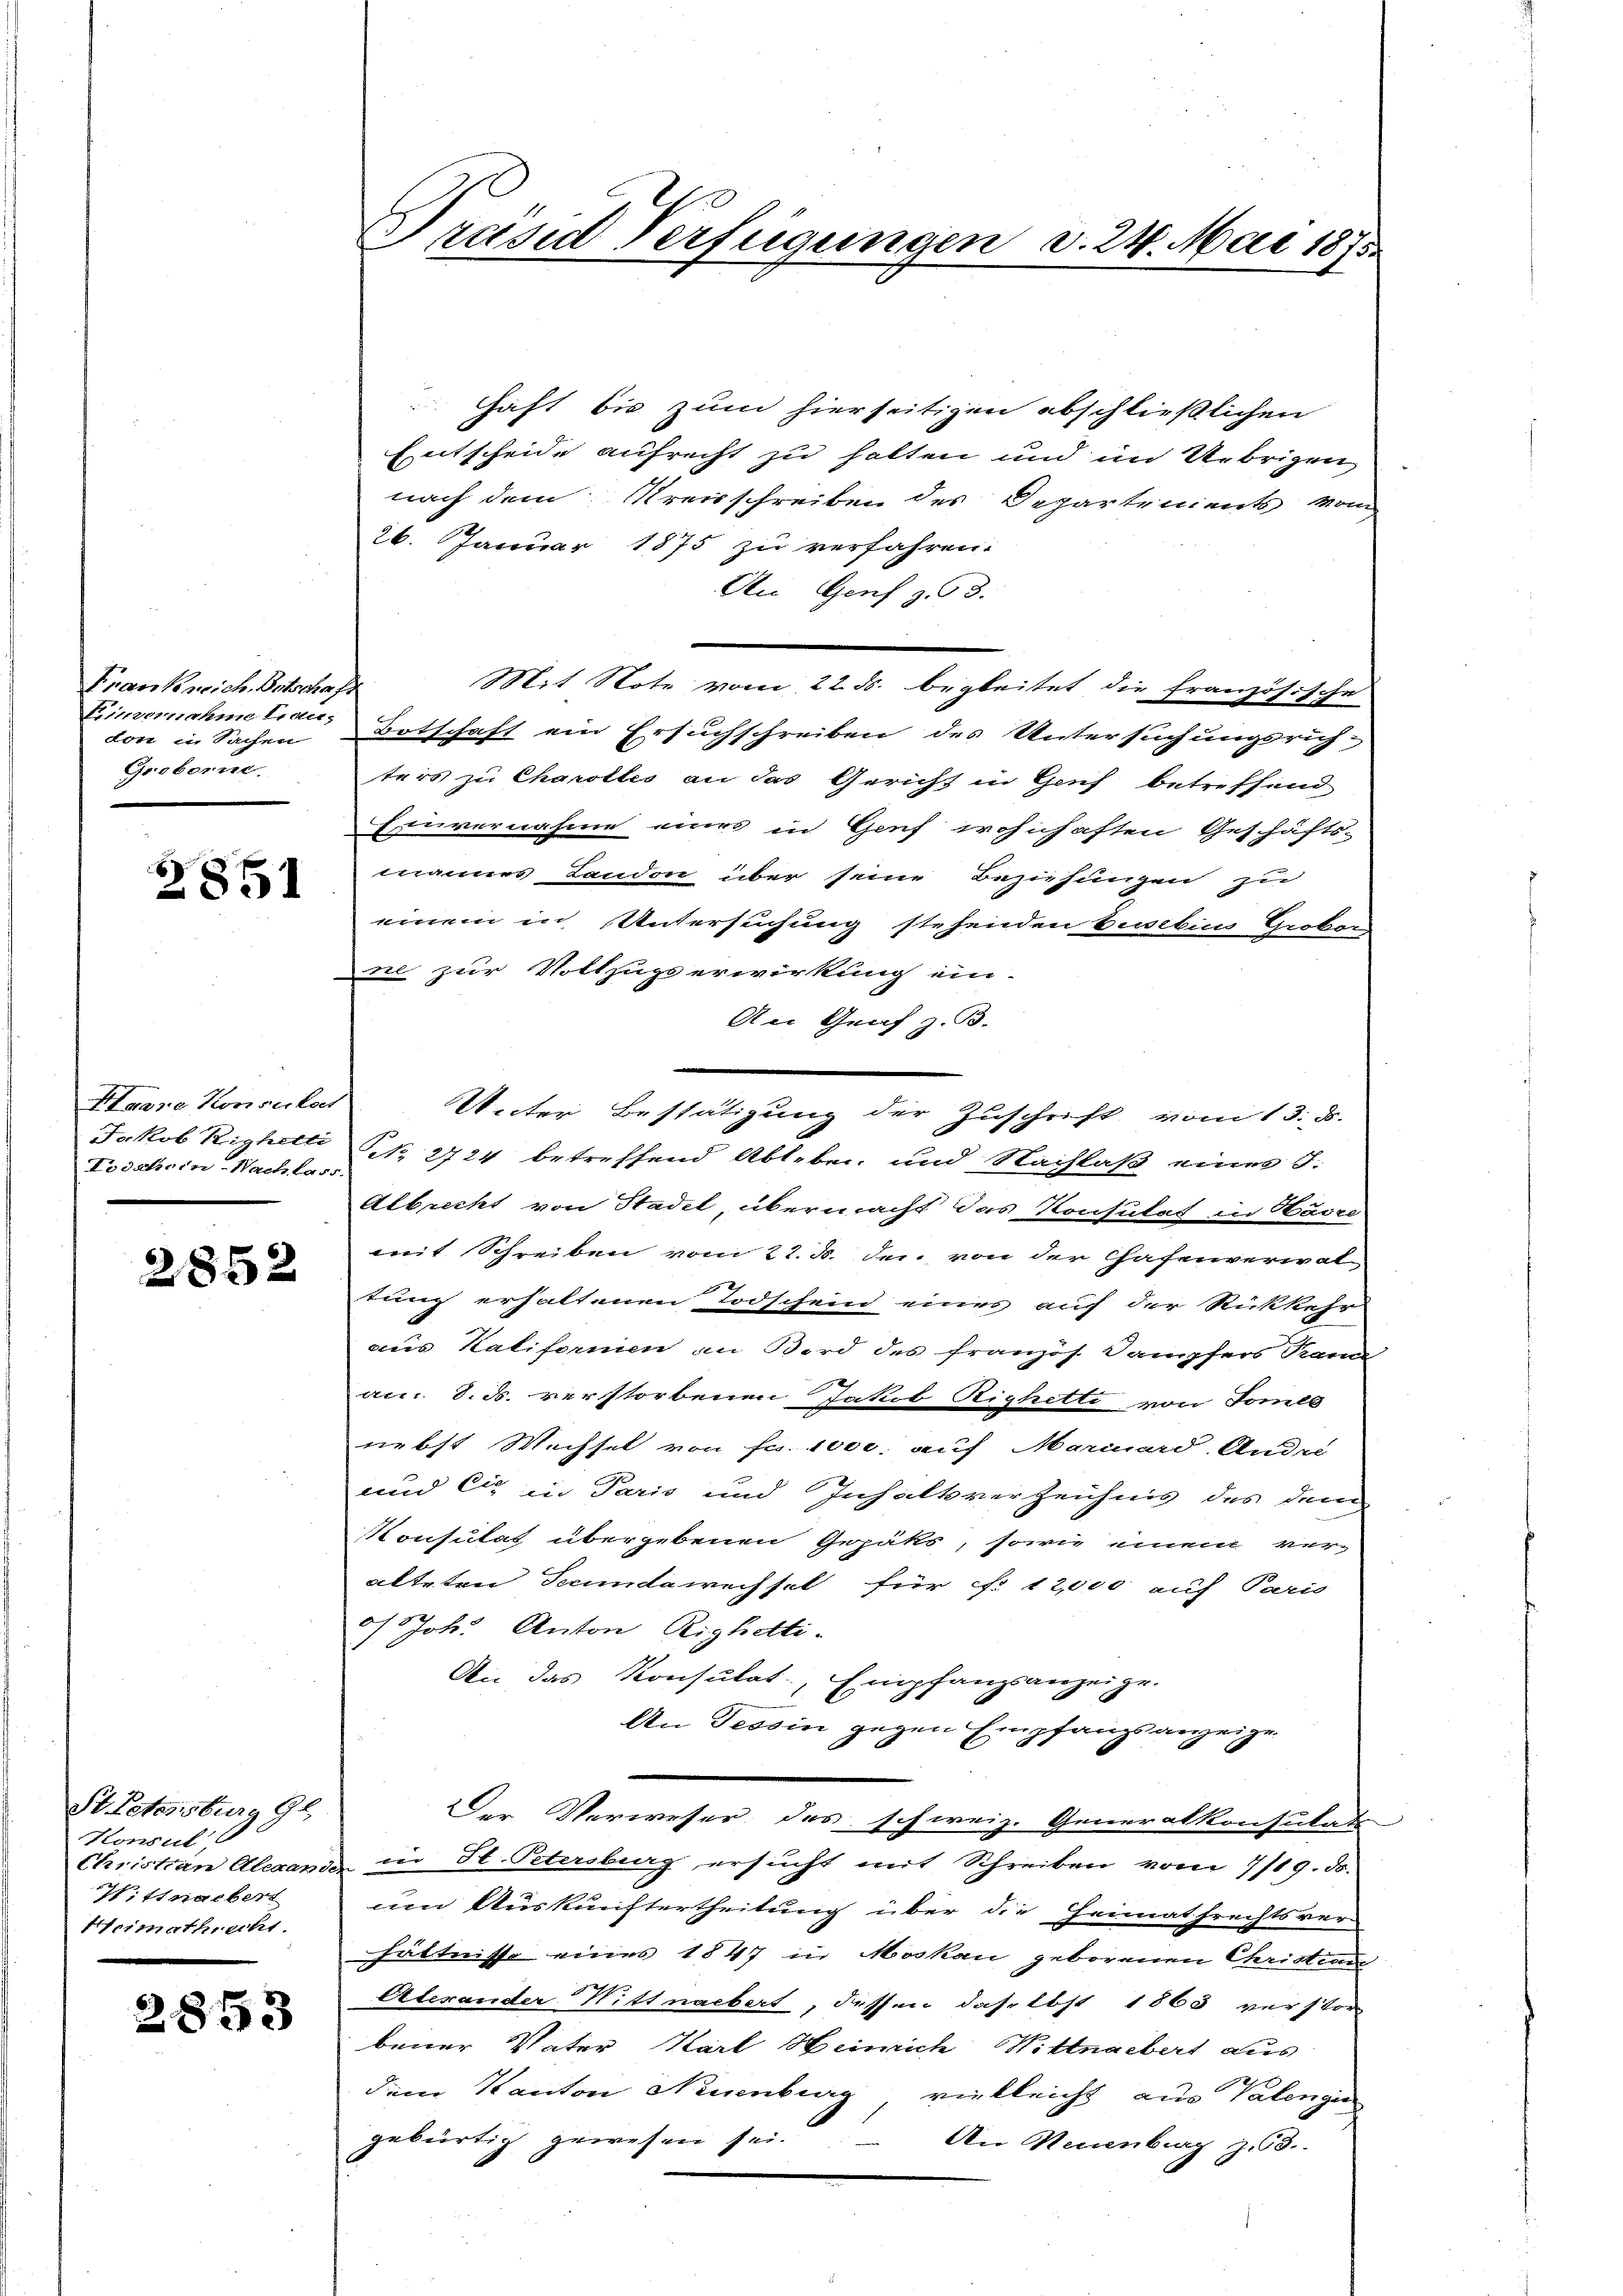
Frankreich. Betschaft
Einvernahme Frau,
Groborn.

x
851

Haare Konseitet
Lodahren-Nachbars.

2852

St. Petersburg 96.
Konsul
H. Angebert
Heimathrecht.

2853

haft bis zum hierseitigen abschließlichen
Entscheide aufrecht zu halten und im Uebrigen
nach dem Kreisschreiben des Departements vom
26. Januar 1875 zu verfahren.
An Genf z. 93.
Mit Note vom 22. ds. begleitet die französische
don in Sachen Botschaft ein Ersuchschreiben des Untersuchungsrich-
ters zu Charolles an das Gericht in Genf betreffend
Einvernahme eines in Genf wohnhaften Geschäfts-
mannes Laudon über seine Beziehungen zu
einem in Untersuchung stehenden beselins Grobors
ne zur Vollzugs erwirkung ein-
An Graf z. B.
Jakob Kighetti NNo. 2724 betreffend Ableben und Nachlaß eines S.
Albrecht von Stadel, übermacht das Konsulat in Havre
weit Schreiben vom 22. d. der von der Chafenverwal
tung erhaltenen Todschein eines auf der Rückkehr
aus Kalifornien an Bord des französ. Dampfers Tranc
am 8. ds. verstorbenen Jakob Righette von Somls
nebst Wechsel von Fr. 1000. auf Marcuard Andre
und Cie in Paris und Inhaltverzeichnis des dem
Konsulat übergebenen Gepäks, sowie einem veralteten Fecundawechsel für f. 12,000 auf Paris
 Joh. Anton Righetti-
An das Konsulat, Empfangsanzeige.
An Tessin gegen Empfangsanzeige
Der Verweser des schweiz. Generalkonsulats
Christian Alexande in St. Petersburg ersucht mit Schreiben vom 7/19. d.
um Auskünftertheilung über die Heimathrechtsver
hältnisse eines 1847 in Moskau geborenen Christian
Aderander Witt nachert, dessen das ebst 1863 verstor
bener Vater Karl Heinrich Wittnaebert aus
dem Kanton Neuenburg vielleicht aus Valengie
gebürtig gewesen sei.
An Neuenburg z. 3.

Trasid Verfügungen d. 24. Mai 1875.

Unter Bestätigung der Zuschrift vom 13. d.